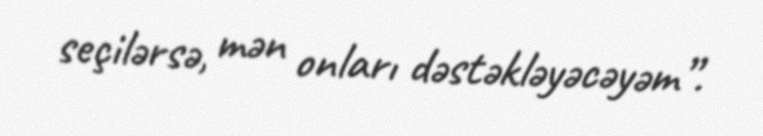
seçilərsə, mən onları dəstəkləyəcəyəm”.